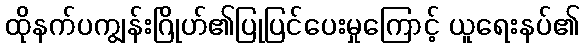
ထိုနက်ပကျွန်းဂြိုဟ်၏ပြုပြင်ပေးမှုကြောင့် ယူရေးနပ်၏